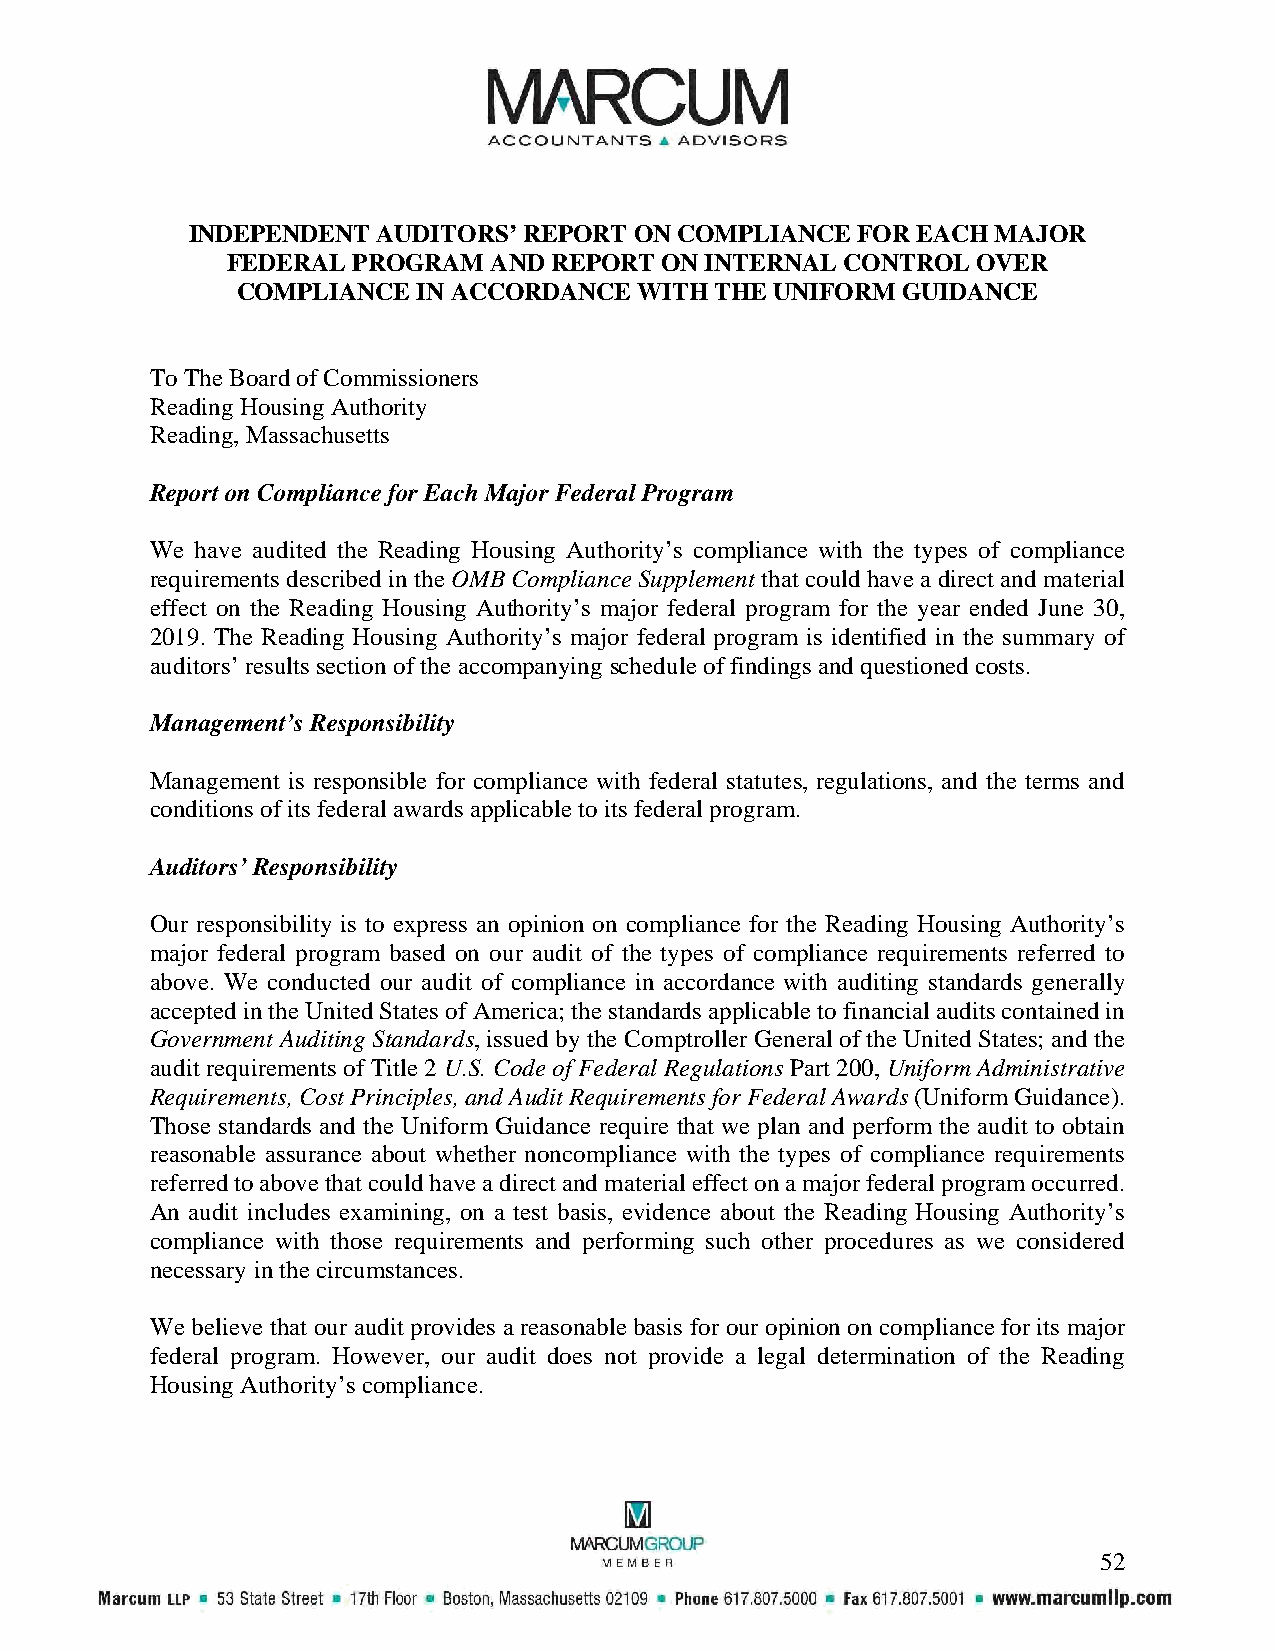
INDEPENDENT  AUDITORS’ REPORT ON COMPLIANCE  FOR EACH MAJOR
 FEDERAL PROGRAM  AND REPORT  ON INTERNAL CONTROL  OVER
 COMPLIANCE  IN ACCORDANCE WITH THE UNIFORM  GUIDANCE
 To The Board of Commissioners
 Reading Housing Authority
 Reading, Massachusetts
 Report on Compliance for Each Major Federal Program
 We have audited the Reading Housing Authority’s compliance with the types of compliance
 requirements described in the OMB Compliance Supplement that could have a direct and material
 effect on the Reading Housing Authority’s major federal program for the year ended June 30,
 2019. The Reading Housing Authority’s major federal program is identified in the summary of
 auditors’ results section of the accompanying schedule of findings and questioned costs.
 Management’s Responsibility
 Management is responsible for compliance with federal statutes, regulations, and the terms and
 conditions of its federal awards applicable to its federal program.
 Auditors’ Responsibility
 Our responsibility is to express an opinion on compliance for the Reading Housing Authority’s
 major federal program based on our audit of the types of compliance requirements referred to
 above. We conducted our audit of compliance in accordance with auditing standards generally
 accepted in the United States of America; the standards applicable to financial audits contained in
 Government Auditing Standards, issued by the Comptroller General of the United States; and the
 audit requirements of Title 2 U.S. Code of Federal Regulations Part 200, Uniform Administrative
 Requirements, Cost Principles, and Audit Requirements for Federal Awards (Uniform Guidance).
 Those standards and the Uniform Guidance require that we plan and perform the audit to obtain
 reasonable assurance about whether noncompliance with the types of compliance requirements
 referred to above that could have a direct and material effect on a major federal program occurred.
 An audit includes examining, on a test basis, evidence about the Reading Housing Authority’s
 compliance with those requirements and performing such other procedures as we considered
 necessary in the circumstances.
 We believe that our audit provides a reasonable basis for our opinion on compliance for its major
 federal program. However, our audit does not provide a legal determination of the Reading
 Housing Authority’s compliance.
 52